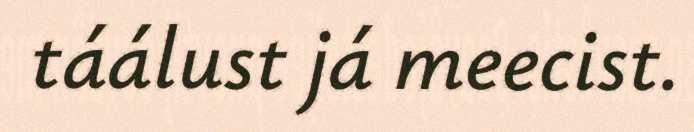
táálust já meecist.